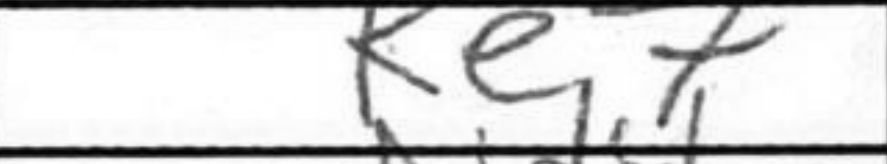
Transcription: Ke7